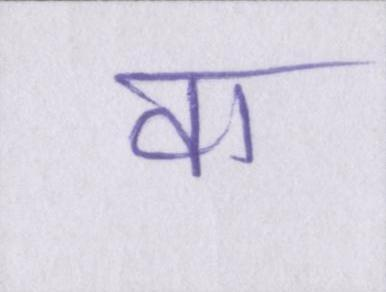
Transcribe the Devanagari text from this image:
वा